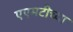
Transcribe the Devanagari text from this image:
एएमटीच्या